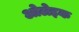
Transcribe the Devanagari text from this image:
ओलेइक